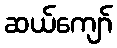
ဆယ်ကျော်